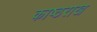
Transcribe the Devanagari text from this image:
काष्ठराख